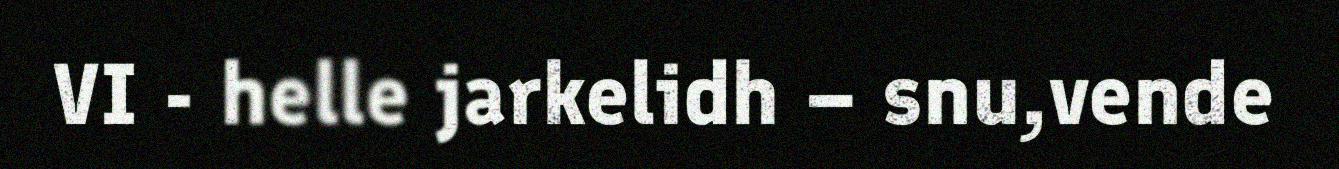
VI - helle jarkelidh – snu,vende